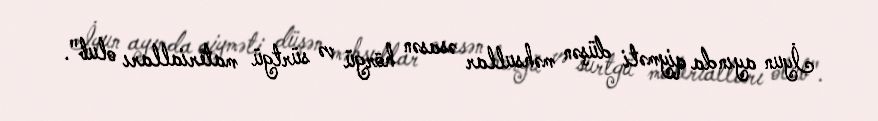
İyun ayında qiyməti düşən məhsullar əsasən hörgü və sürtgü materialları olub".